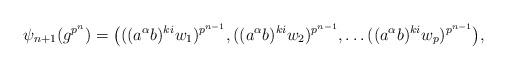
LaTeX: \begin{align*}\psi_{n+1}(g^{p^n})= \big( ((a^{\alpha}b)^{ki}w_1)^{p^{n-1}}, ((a^{\alpha}b)^{ki}w_2)^{p^{n-1}}, \dots ((a^{\alpha}b)^{ki}w_p)^{p^{n-1}} \big),\end{align*}